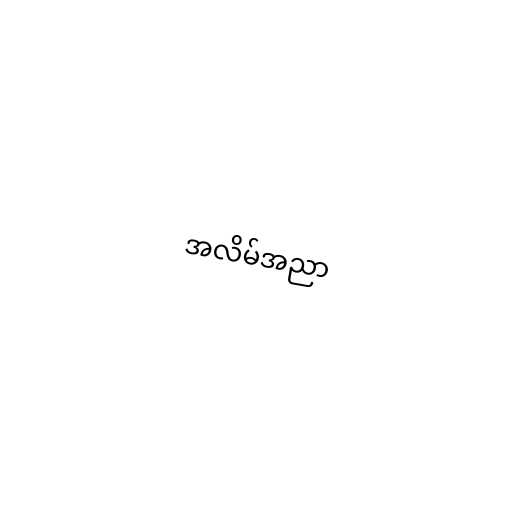
အလိမ်အညာ